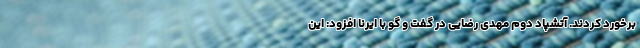
برخورد کردند. آتشپاد دوم مهدی رضایی در گفت و گو با ایرنا افزود: این